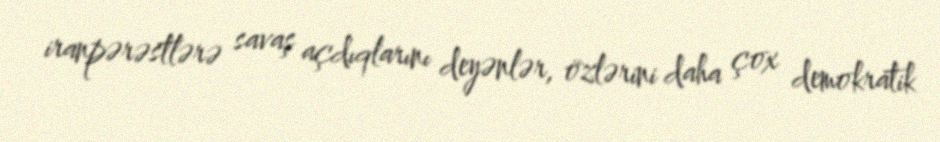
iranpərəstlərə savaş açdıqlarını deyənlər, özlərini daha çox demokratik